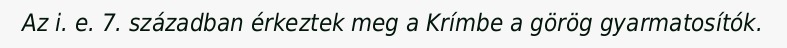
Az i. e. 7. században érkeztek meg a Krímbe a görög gyarmatosítók.